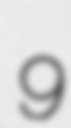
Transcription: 9